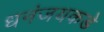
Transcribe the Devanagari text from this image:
धनंजयकडे